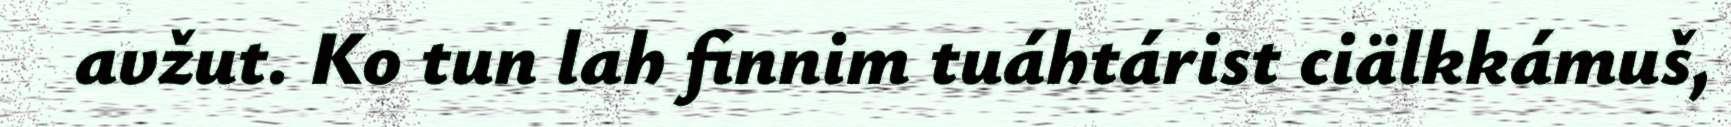
avžut. Ko tun lah finnim tuáhtárist ciälkkámuš,